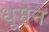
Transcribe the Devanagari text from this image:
धूमेन